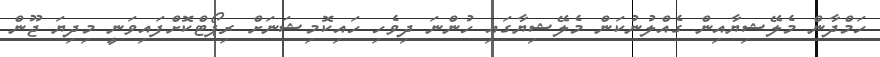
ހަމްދާން މެލޭޝިޔާއިން ގެއްލުނުކަން މެލޭޝިޔާގައި ހުންނަ ދިވެހި ހައިކޮމިޝަނަށް ރިޕޯޓްކޮށްފައިވަނީ މިދިޔަ ޖޫން